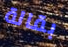
بقالة